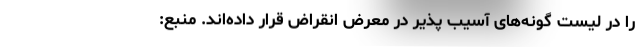
را در لیست گونه‌های آسیب پذیر در معرض انقراض قرار داده‌اند. منبع: